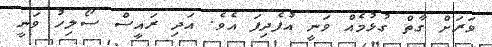
ވަރަށް ގާތް ގުޅުމެއް ވަނީ އުފެދިފަ އެވެ. އަދި ރައީސް ސޯލިހު ވަނީ